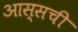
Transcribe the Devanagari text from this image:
आस्सची